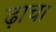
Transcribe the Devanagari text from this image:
ढ़ाचा